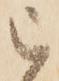
被